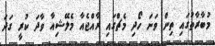
މުބާރާތުގައި ތިން ވަނަ ހޯދި މެޗްގައި ރާއްޖެއާ މެލޭޝިއާ ވާދަ ކުރީ ގަދަ